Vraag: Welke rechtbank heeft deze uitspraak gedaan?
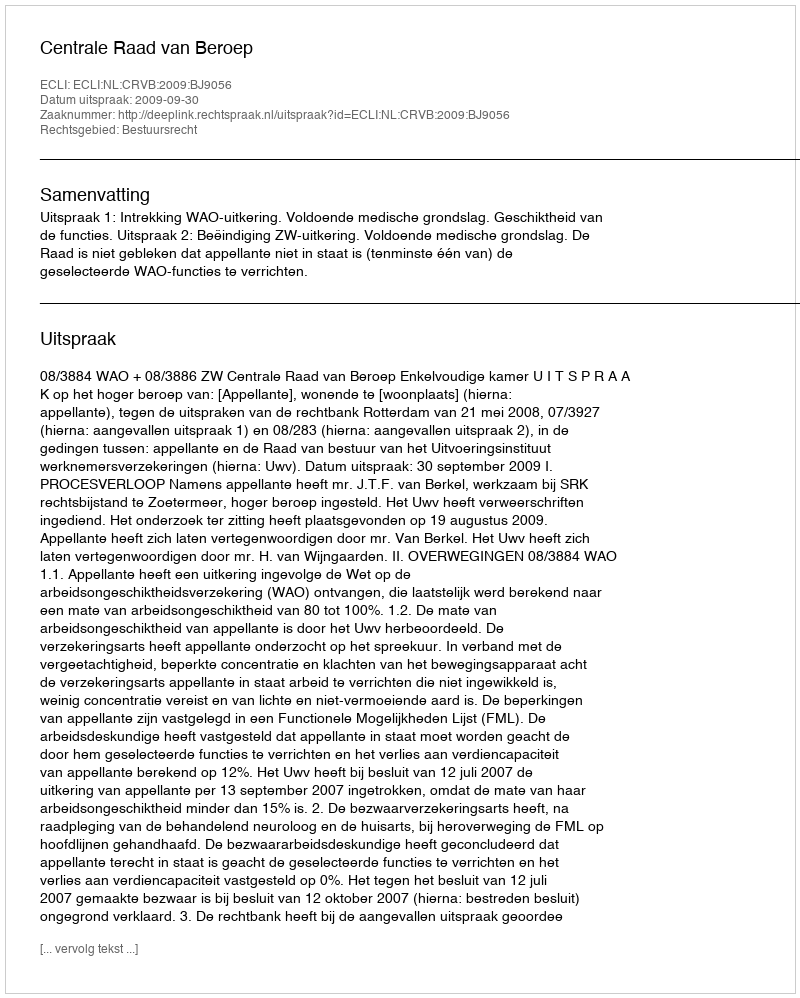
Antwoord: Centrale Raad van Beroep